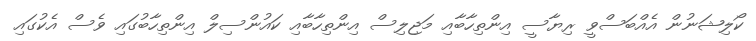
ކޯލިޝަނުން އެއްބަސްވީ ރިޔާސީ އިންތިހާބާއި މަޖިލިސް އިންތިހާބާއި ކައުންސިލް އިންތިހާބުގައި ވެސް އެކުގައި